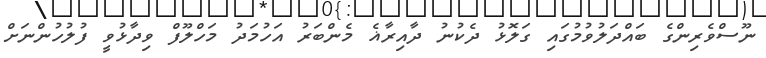
ނޫސްވެރިންގެ ބައްދަލުވުމުގައި ގަލޮޅު ދެކުނު ދާއިރާޣެ މެންބަރު އަހުމަދު މަހްލޫފް ވިދާޅުވީ ފުލުހުންނަށް